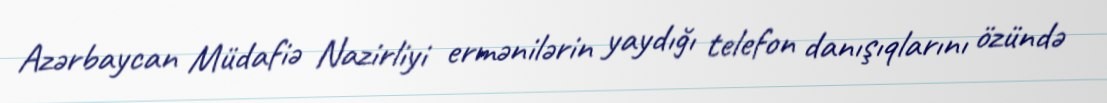
Azərbaycan Müdafiə Nazirliyi ermənilərin yaydığı telefon danışıqlarını özündə